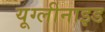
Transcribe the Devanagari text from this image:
यूग्लीनाइड